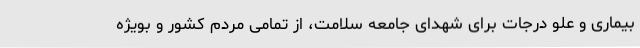
بیماری و علو درجات برای شهدای جامعه سلامت، از تمامی مردم کشور و بویژه